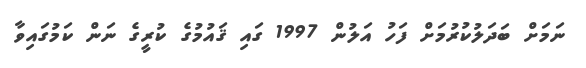
ނަމަށް ބަދަލުކުރުމަށް ފަހު އަލުން 1997 ގައި ޤައުމުގެ ކުރީގެ ނަން ކަމުގައިވާ